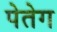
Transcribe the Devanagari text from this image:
पेतेग